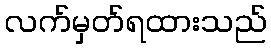
လက်မှတ်ရထားသည်